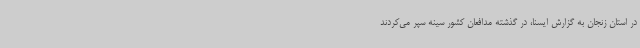
در استان زنجان به گزارش ایسنا، در گذشته مدافعان کشور سینه سپر می‌کردند